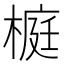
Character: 榳